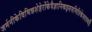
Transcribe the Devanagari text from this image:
जर्मनीकेविभिन्नशेहेरोंकेवैज्ञानिकइससमितिकेसदस्यहैं